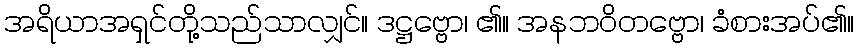
အရိယာအရှင်တို့သည်သာလျှင်။ ဒဋ္ဌဗ္ဗော၊ ၏။ အနဘဝိတဗ္ဗော၊ ခံစားအပ်၏။